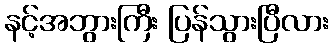
နင့်အဘွားကြီး ပြန်သွားပြီလား